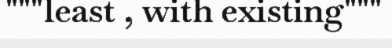
"""least , with existing"""